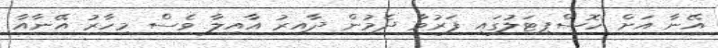
އޭނާ އަށް ހޮސްޕިޓަލުގައި ފަރުވާ ދެމުން ދާއިރު އާއިލާ ވެސް މިހާރު އޭނާއާ